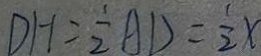
D H = \frac { 1 } { 2 } A D = \frac { 1 } { 2 } x